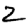
Digit: 2